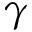
\gamma